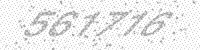
Solution: 561716